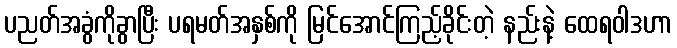
ပညတ်အခွံကိုခွာပြီး ပရမတ်အနှစ်ကို မြင်အောင်ကြည့်ခိုင်းတဲ့ နည်းနဲ့ ထေရဝါဒဟာ